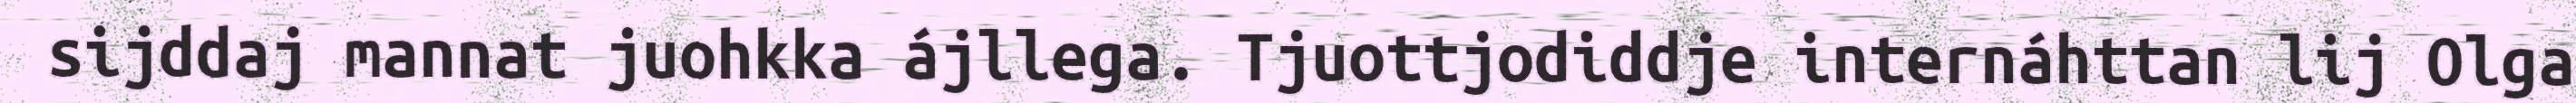
sijddaj mannat juohkka ájllega. Tjuottjodiddje internáhttan lij Olga